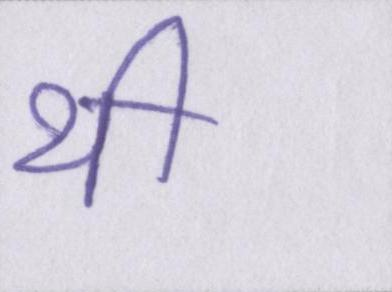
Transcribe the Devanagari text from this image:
थी